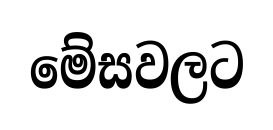
මේසවලට